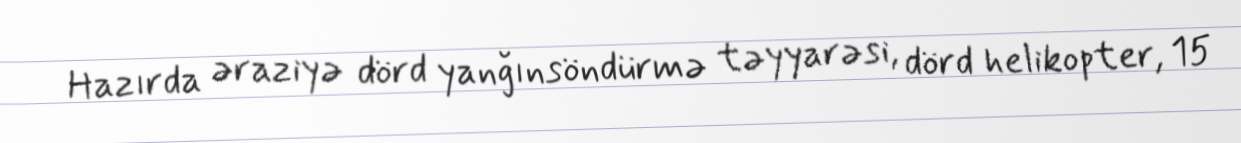
Hazırda əraziyə dörd yanğınsöndürmə təyyarəsi, dörd helikopter, 15